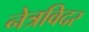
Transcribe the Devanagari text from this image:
नेत्रविदर